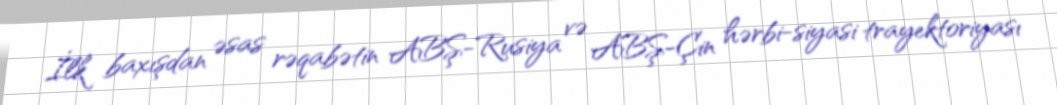
İlk baxışdan əsas rəqabətin ABŞ-Rusiya və ABŞ-Çin hərbi-siyasi trayektoriyası